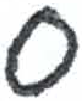
אות: ס